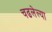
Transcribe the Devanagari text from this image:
चढलेल्या